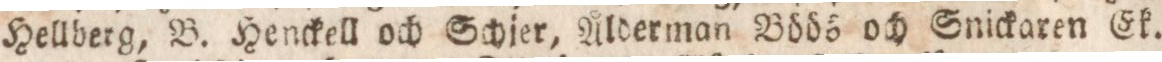
Hellberg, B. Henckell och Schjer, Ålderman Böös och Snickaren Ek.